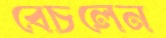
বেচলেন